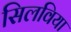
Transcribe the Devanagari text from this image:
सिलविया